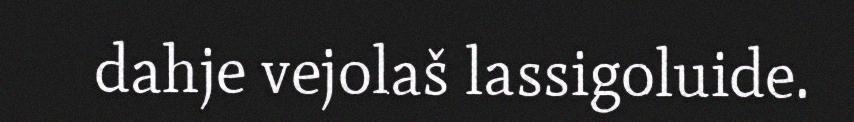
dahje vejolaš lassigoluide.